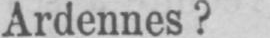
Ardennes?